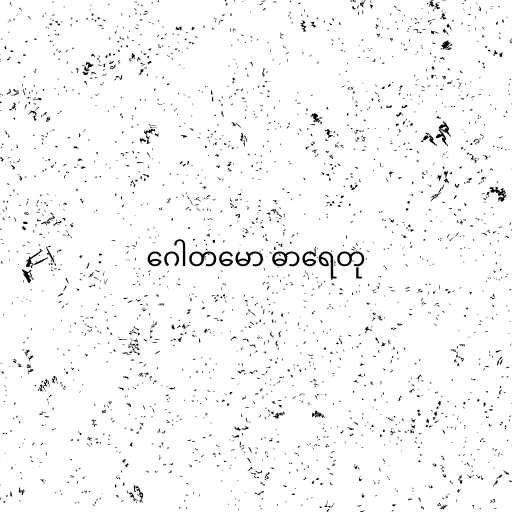
ဂေါတမော ဓာရေတု